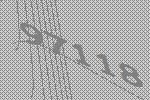
97118